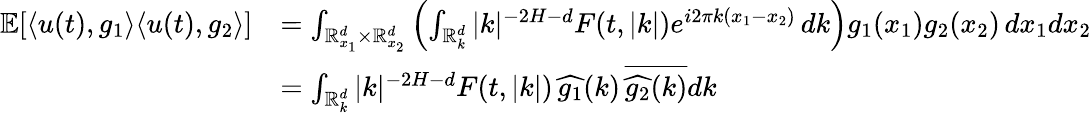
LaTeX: \begin{array}{rl}{\mathbb{E}[\langle u(t),g_{1}\rangle{\langle u(t),g_{2}\rangle}]}&{=\int_{\mathbb{R}_{x_{1}}^{d}\times\mathbb{R}_{x_{2}}^{d}}\left(\int_{\mathbb R_{k}^{d}}|k|^{-2H-d}F(t,|k|)e^{i2\pi k(x_{1}-x_{2})}\, dk\right)g_{1}(x_{1})g_{2}(x_{2})\, dx_{1}dx_{2}}\\ &{=\int_{\mathbb R_{k}^{d}}|k|^{-2H-d}F(t,|k|)\, \widehat{g_{1}}(k)\, \overline{{\widehat{g_{2}}(k)}}dk}\end{array}